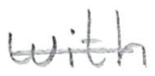
Text: with
Cross-out: single-line
Writing tool: pencil